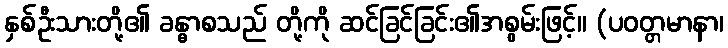
နှစ်ဦးသားတို့၏ ခန္ဓာစသည် တို့ကို ဆင်ခြင်ခြင်း၏အစွမ်းဖြင့်။ (ပဝတ္တမာနာ၊